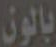
بالون